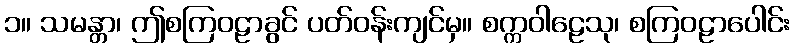
၁။ သမန္တာ၊ ဤစကြဝဠာခွင် ပတ်ဝန်းကျင်မှ။ စက္ကဝါဠေသု၊ စကြဝဠာပေါင်း